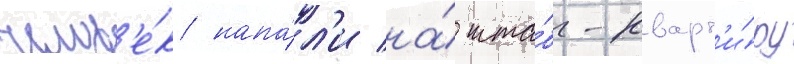
челов'е́к напа́л'и на́ шта́б-кварт'и́ру